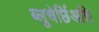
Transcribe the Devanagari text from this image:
ब्लुचेर्छिअति